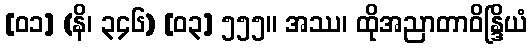
[၀၁] (နိ၊ ၃၄၆) [၀၃] ၅၅၅။ အဿ၊ ထိုအညာတာဝိန္ဒြိယံ